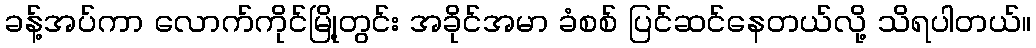
ခန့်အပ်ကာ လောက်ကိုင်မြို့တွင်း အခိုင်အမာ ခံစစ် ပြင်ဆင်နေတယ်လို့ သိရပါတယ်။